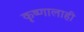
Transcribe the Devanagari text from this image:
कृष्णालाही